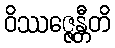
ဝိဿဇ္ဇေန္တီတိ